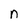
Character: n